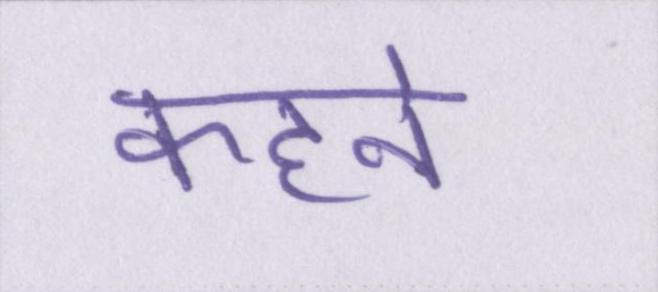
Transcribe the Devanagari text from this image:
कहने